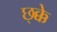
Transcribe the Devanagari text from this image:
छ्क्के